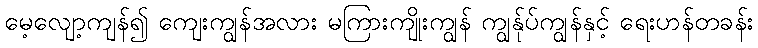
မေ့လျော့ကျန်၍ ကျေးကျွန်အလား မကြားကျိုးကျွန် ကျွန်ုပ်ကျွန်နှင့် ရေးဟန်တခန်း